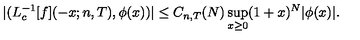
| ( L _ { c } ^ { - 1 } [ f ] ( - x ; n , T ) , \phi ( x ) ) | \leq C _ { n , T } ( N ) \sup _ { x \geq 0 } ( 1 + x ) ^ { N } | \phi ( x ) | .